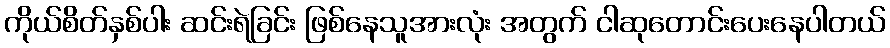
ကိုယ်စိတ်နှစ်ပါး ဆင်းရဲခြင်း ဖြစ်နေသူအားလုံး အတွက် ငါဆုတောင်းပေးနေပါတယ်